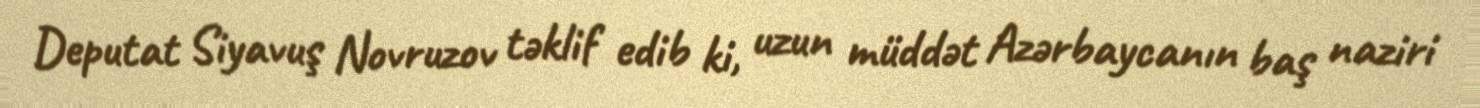
Deputat Siyavuş Novruzov təklif edib ki, uzun müddət Azərbaycanın baş naziri